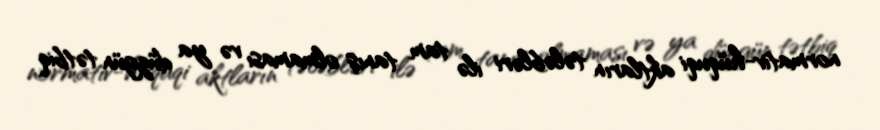
normativ-hüquqi aktların tələbləri ilə tam tanış olmaması və ya düzgün tətbiq